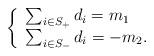
LaTeX: \begin{align*}\left\{ \begin{array}{ll} \sum_{i\in S_{+}} d_{i}=m_{1} \\ \sum_{i\in S_{-}} d_{i}=-m_{2}. \end{array} \right.\end{align*}